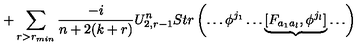
+ \sum _ { r > r _ { m i n } } \frac { - i } { n + 2 ( k + r ) } U _ { 2 , r - 1 } ^ { n } S t r \left( \ldots \phi ^ { j _ { 1 } } \ldots \underbrace { [ F _ { a _ { 1 } a _ { l } } , \phi ^ { j _ { l } } ] } \ldots \right)